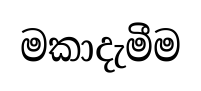
මකාදැමීම